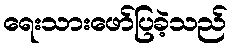
ရေးသားဖော်ပြခဲ့သည်